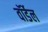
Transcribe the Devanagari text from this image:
वॉर्डेल